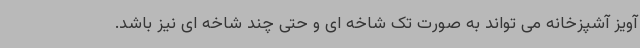
آویز آشپزخانه می تواند به صورت تک شاخه ای و حتی چند شاخه ای نیز باشد.